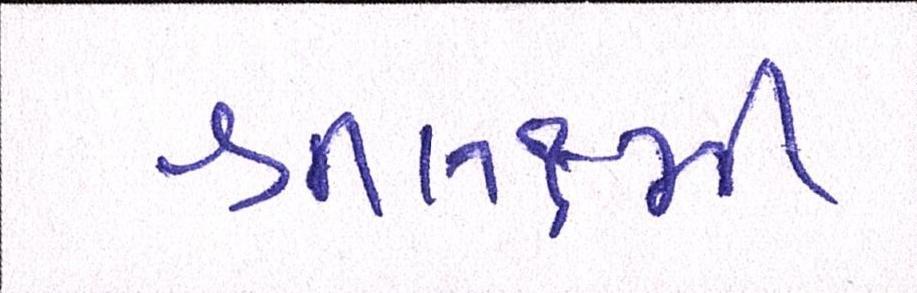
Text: શ્રીલક્ષ્મી